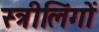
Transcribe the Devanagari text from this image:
स्त्रीलिंगों